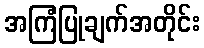
အကြံပြုချက်အတိုင်း